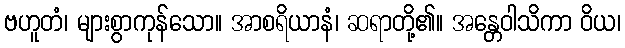
ဗဟူတံ၊ များစွာကုန်သော။ အာစရိယာနံ၊ ဆရာတို့၏။ အန္တေဝါသိကာ ဝိယ၊